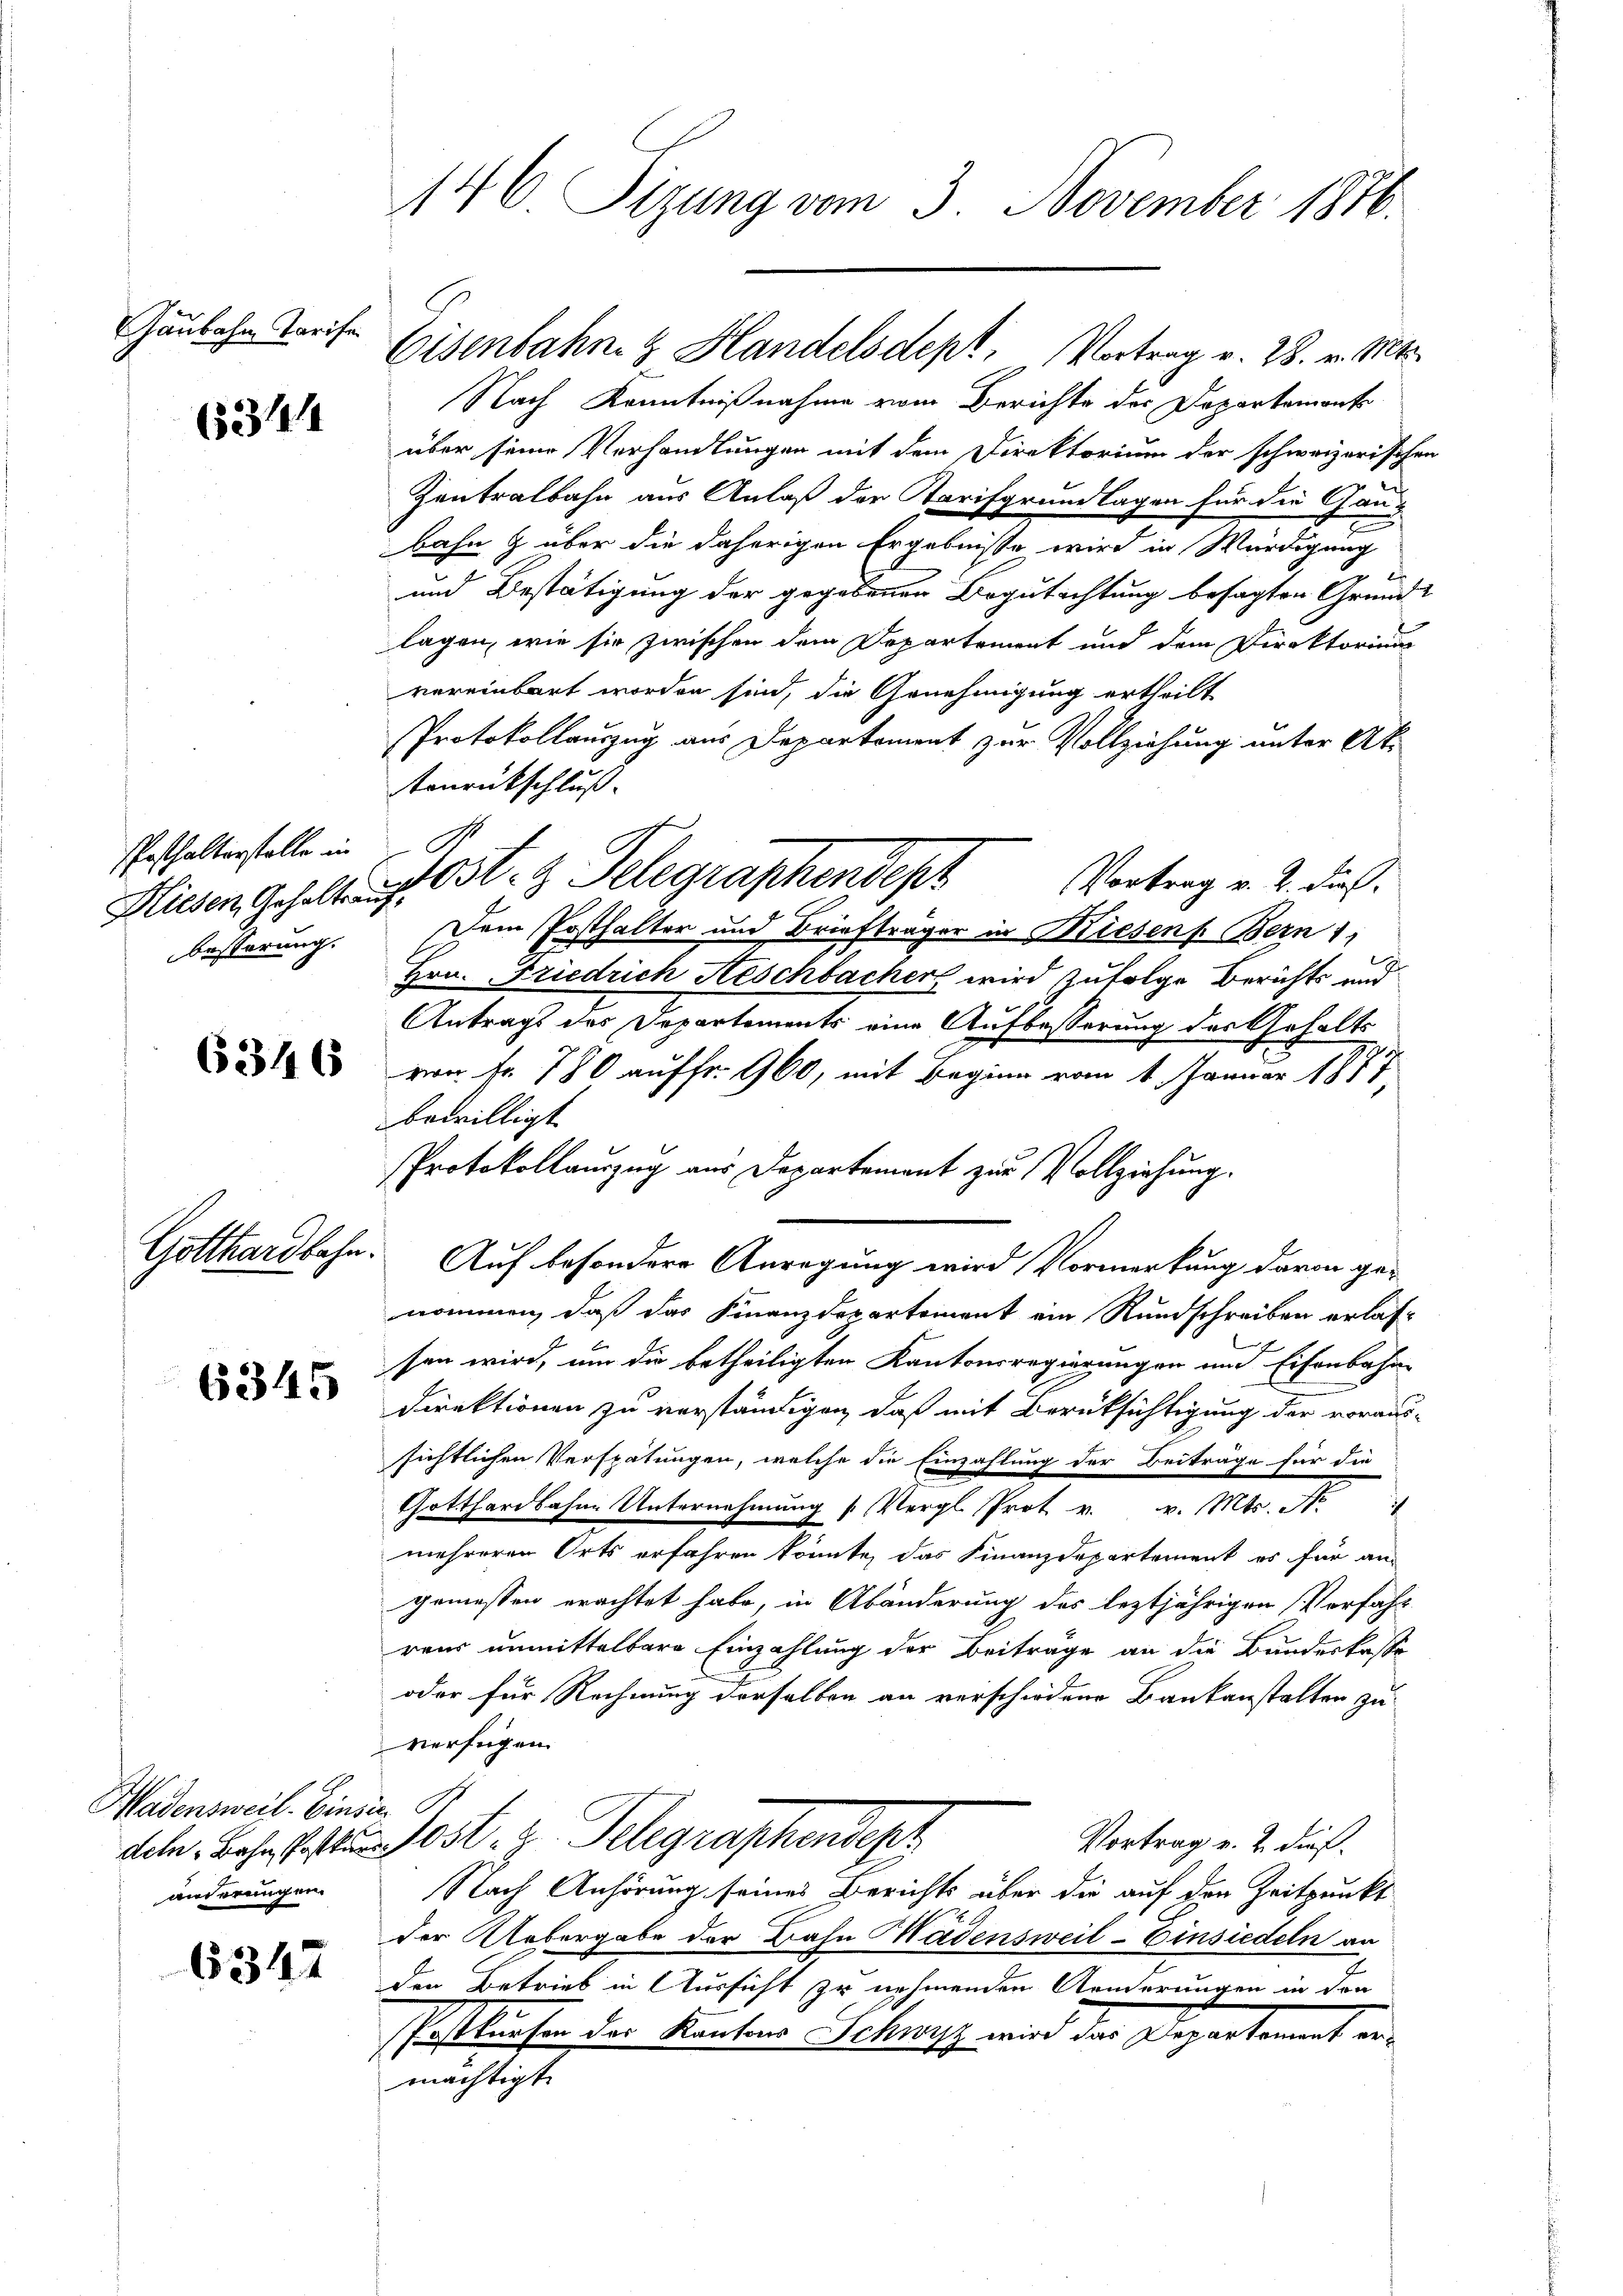
Gaubahn Tarife

Posthalterstelle in
bestörung.

Gotthardbahn

(531444

6346

6345

Madensweil. Einsi
änderungen.

6347

146. Sizung vom 3. November 1816.

Eisenbahne Handelsdept, Vortrag v. 28. v. Mts.

C

Nach Kenntnißnahme vom Berichte der Departement
über seine Verhandlungen mit dem Direktorium der schweizerischen
Zentralbahn aus Anlaß der Tarifgrundlagen für die Gang
bahn & über die daherigen Ergebnisse wird in Würdigung
und Bestätigung der gegebenen Begutachtung besagten Grund-
lagen, wie sie zwischen dem Departement und dem Direktoriums
vereinbart worden sind, die Genehmigung ertheilt
Protokollauszug aus Departement zur Vollziehung unter Aktonrückschluß.
Glieden Gehalt ist Ost- & Gelegraphendept Vortrag v. 2. dies
Dem Posthalter und Briefträger in Wiesen Bern 1
Hrn. Friedrich Aeschbacher wird zufolge Berichts und
Antrags des Departements eine Aufbesserung des Gehalts
von Fr. 780 auf fr. 960, mit Beginn vom 1. Januar 1887,
bewilligt.
Protokollauszug aus Departement zur Vollziehung.
d
Auf besondere Anregung wird Vormerkung davon ge-
nommen, daß das Finanzdepartement ein Rundschreiben erlas-
sen wird, um die betheiligten Kantonsregierungen und Eisenbahne
Direktionen zu verständigen, daß mit Berüksichtigung der voraus-
sichtlichen Verspätungen, welche die Einzahlung der Beiträge für die
Gotthardbahne Unternehmung (Vergl. Prot u. v. Mts. N
mehreren Orts erfahren könnte, das Finanzdepartement es für an-
gemessen erachtet habe, in Abänderung des leztjährigen Vorfahr
rens unmittelbare Einzahlung der Beiträge an die Bandeskasse
oder für Rechnung derselben an verschiedene Baukanstalten zu
verfügen.
Vortrag v. 2. dieß.
deh. Bahn statten ost, z. Telegraphendept
Nach Anhörung seines Berichts über die auf den Zeitpunkt
der Uebergabe der Bahn Madensweil–Einsiedeln an
den Betrieb in Aussicht zu nehmenden Aenderungen in den
schriftlichen der Kantons Schweiz wird der Departement a
mächtigt